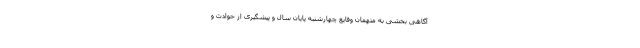
آگاهی بخشی به متهمان وقایع چهارشنبه پایان سال و پیشگیری از حوادث و